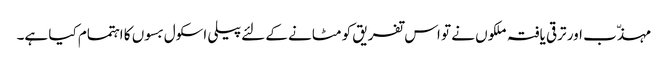
مہذّب اور ترقی یافتہ ملکوں نے تو اس تفریق کو مٹانے کے لئےپیلی اسکول بسوں کا اہتمام کیا ہے۔